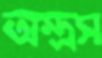
অস্ত্রস